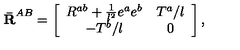
{ \bf \bar { R } } ^ { A B } = \left[ \begin{array} { c c } { R ^ { a b } + \frac { 1 } { l ^ { 2 } } e ^ { a } e ^ { b } } & { T ^ { a } / l } \\ { - T ^ { b } / l } & { 0 } \\ \end{array} \right] ,